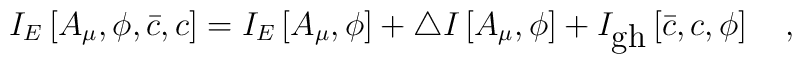
I_E\left[A_{\mu},\phi,\bar{c},c\right]=I_E\left[A_{\mu},\phi\right]+ \triangle I\left[A_{\mu},\phi\right] +I_{\mbox{gh}}\left[\bar{c},c,\phi\right]~~~,